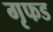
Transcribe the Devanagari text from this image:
गृफड